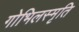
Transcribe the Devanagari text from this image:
गोभिलस्मृति